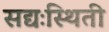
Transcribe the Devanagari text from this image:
सद्यःस्थिती